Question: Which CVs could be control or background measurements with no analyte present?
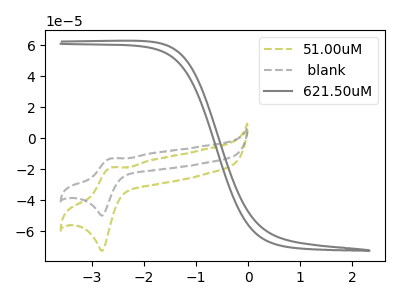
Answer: <think>The olive dashed curve "51.00uM" has an anodic peak at (-2.65V, -18.70uA) and a cathodic peak at (-2.80V, -72.45uA). The gray dashed curve " blank" has an anodic peak at (-2.65V, -12.85uA) and a cathodic peak at (-2.80V, -49.75uA). The gray curve "621.50uM" has no peaks.</think>
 <answer>"621.50uM" is likely to be a blank.</answer>
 <eval>621.50uM</eval>